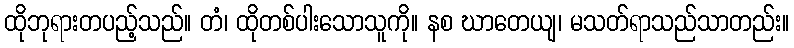
ထိုဘုရားတပည့်သည်။ တံ၊ ထိုတစ်ပါးသောသူကို။ နစ ဃာတေယျ၊ မသတ်ရာသည်သာတည်း။